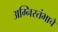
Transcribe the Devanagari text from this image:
अग्निस्तंभाचे